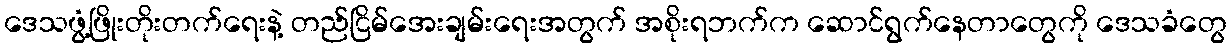
ဒေသဖွံ့ဖြိုးတိုးတက်ရေးနဲ့ တည်ငြိမ်အေးချမ်းရေးအတွက် အစိုးရဘက်က ဆောင်ရွက်နေတာတွေကို ဒေသခံတွေ